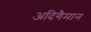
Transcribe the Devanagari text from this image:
अदिगैमान